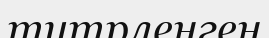
титрленген